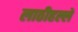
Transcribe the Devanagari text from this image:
लाठीहल्ले